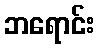
ဘရောင်း